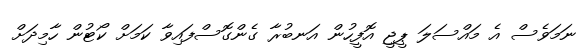
ނަމަވެސް އެ މައްސަލަ ޕީޖީ އޮފީހުން އަނބުރާ ގެންގޮސްފައިވާ ކަމަށް ކޯޓުން ހާމިދަށް